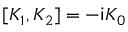
[ K _ { 1 } , K _ { 2 } ] = - \mathsf { i } K _ { 0 }